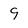
Character: 9